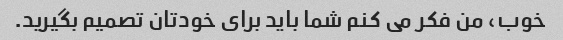
خوب، من فکر می کنم شما باید برای خودتان تصمیم بگیرید.